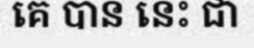
គេ បាន នេះ ជា